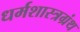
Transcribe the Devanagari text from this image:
धर्मशास्त्रग्रंथ